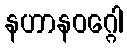
နဟာနဝဂ္ဂေါ